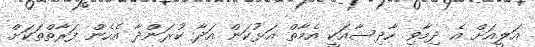
އަލީއަށް އެ ދިމާވި ހާދިސާއަކީ އެމާތް އަޅުކަން އަދާ ކުރަންދާ އެހެން ފަރާތްތަކަށް